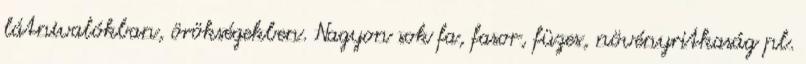
látnivalókban, örökségekben. Nagyon sok fa, fasor, füzes, növényritkaság pl.